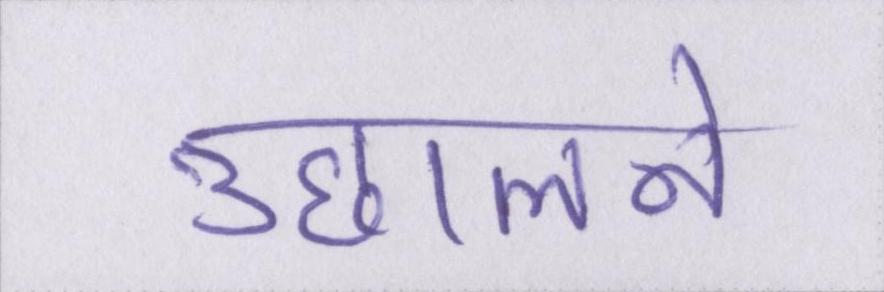
उछालने